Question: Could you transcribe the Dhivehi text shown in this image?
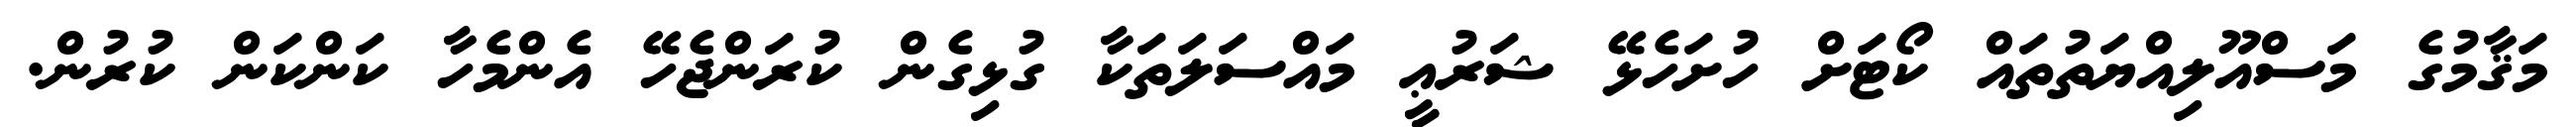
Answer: މަޤާމުގެ މަސްއޫލިއްޔަތުތައް ކޯޓަށް ހުށަހެޅޭ ޝަރުޢީ މައްސަލަތަކާ ގުޅިގެން ކުރަންޖެހޭ އެންމެހާ ކަންކަން ކުރުން.